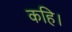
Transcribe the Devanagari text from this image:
कहि।